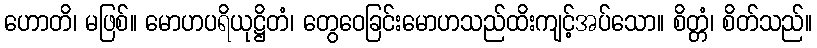
ဟောတိ၊ မဖြစ်။ မောဟပရိယုဋ္ဌိတံ၊ တွေဝေခြင်းမောဟသည်ထိးကျင့်အပ်သော။ စိတ္တံ၊ စိတ်သည်။